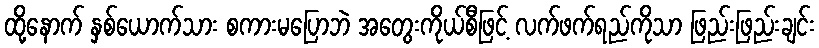
ထို့နောက် နှစ်ယောက်သား စကားမပြောဘဲ အတွေးကိုယ်စီဖြင့် လက်ဖက်ရည်ကိုသာ ဖြည်းဖြည်းချင်း